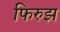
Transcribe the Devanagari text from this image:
फिरुझ